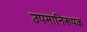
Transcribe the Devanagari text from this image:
उपमानिरूपक